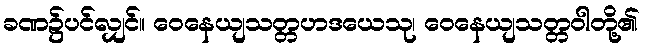
ခဏ၌ပင်လျှင်။ ဝေနေယျသတ္တဟဒယေသု၊ ဝေနေယျသတ္တဝါတို့၏